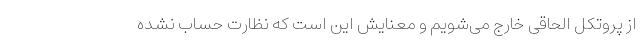
از پروتکل الحاقی خارج می‌شویم و معنایش این است که نظارت حساب نشده